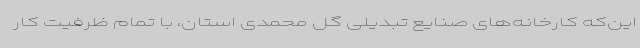
این‌که کارخانه‌های صنایع تبدیلی گل محمدی استان، با تمام ظرفیت کار